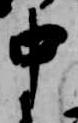
中